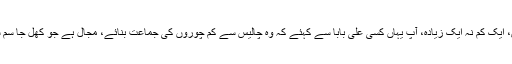
پورے چالیس، ایک کم نہ ایک زیادہ، آپ یہاں کسی علی بابا سے کہئے کہ وہ چالیس سے کم چوروں کی جماعت بنائے، مجال ہے جو کھل جا سم سم کام کرے۔